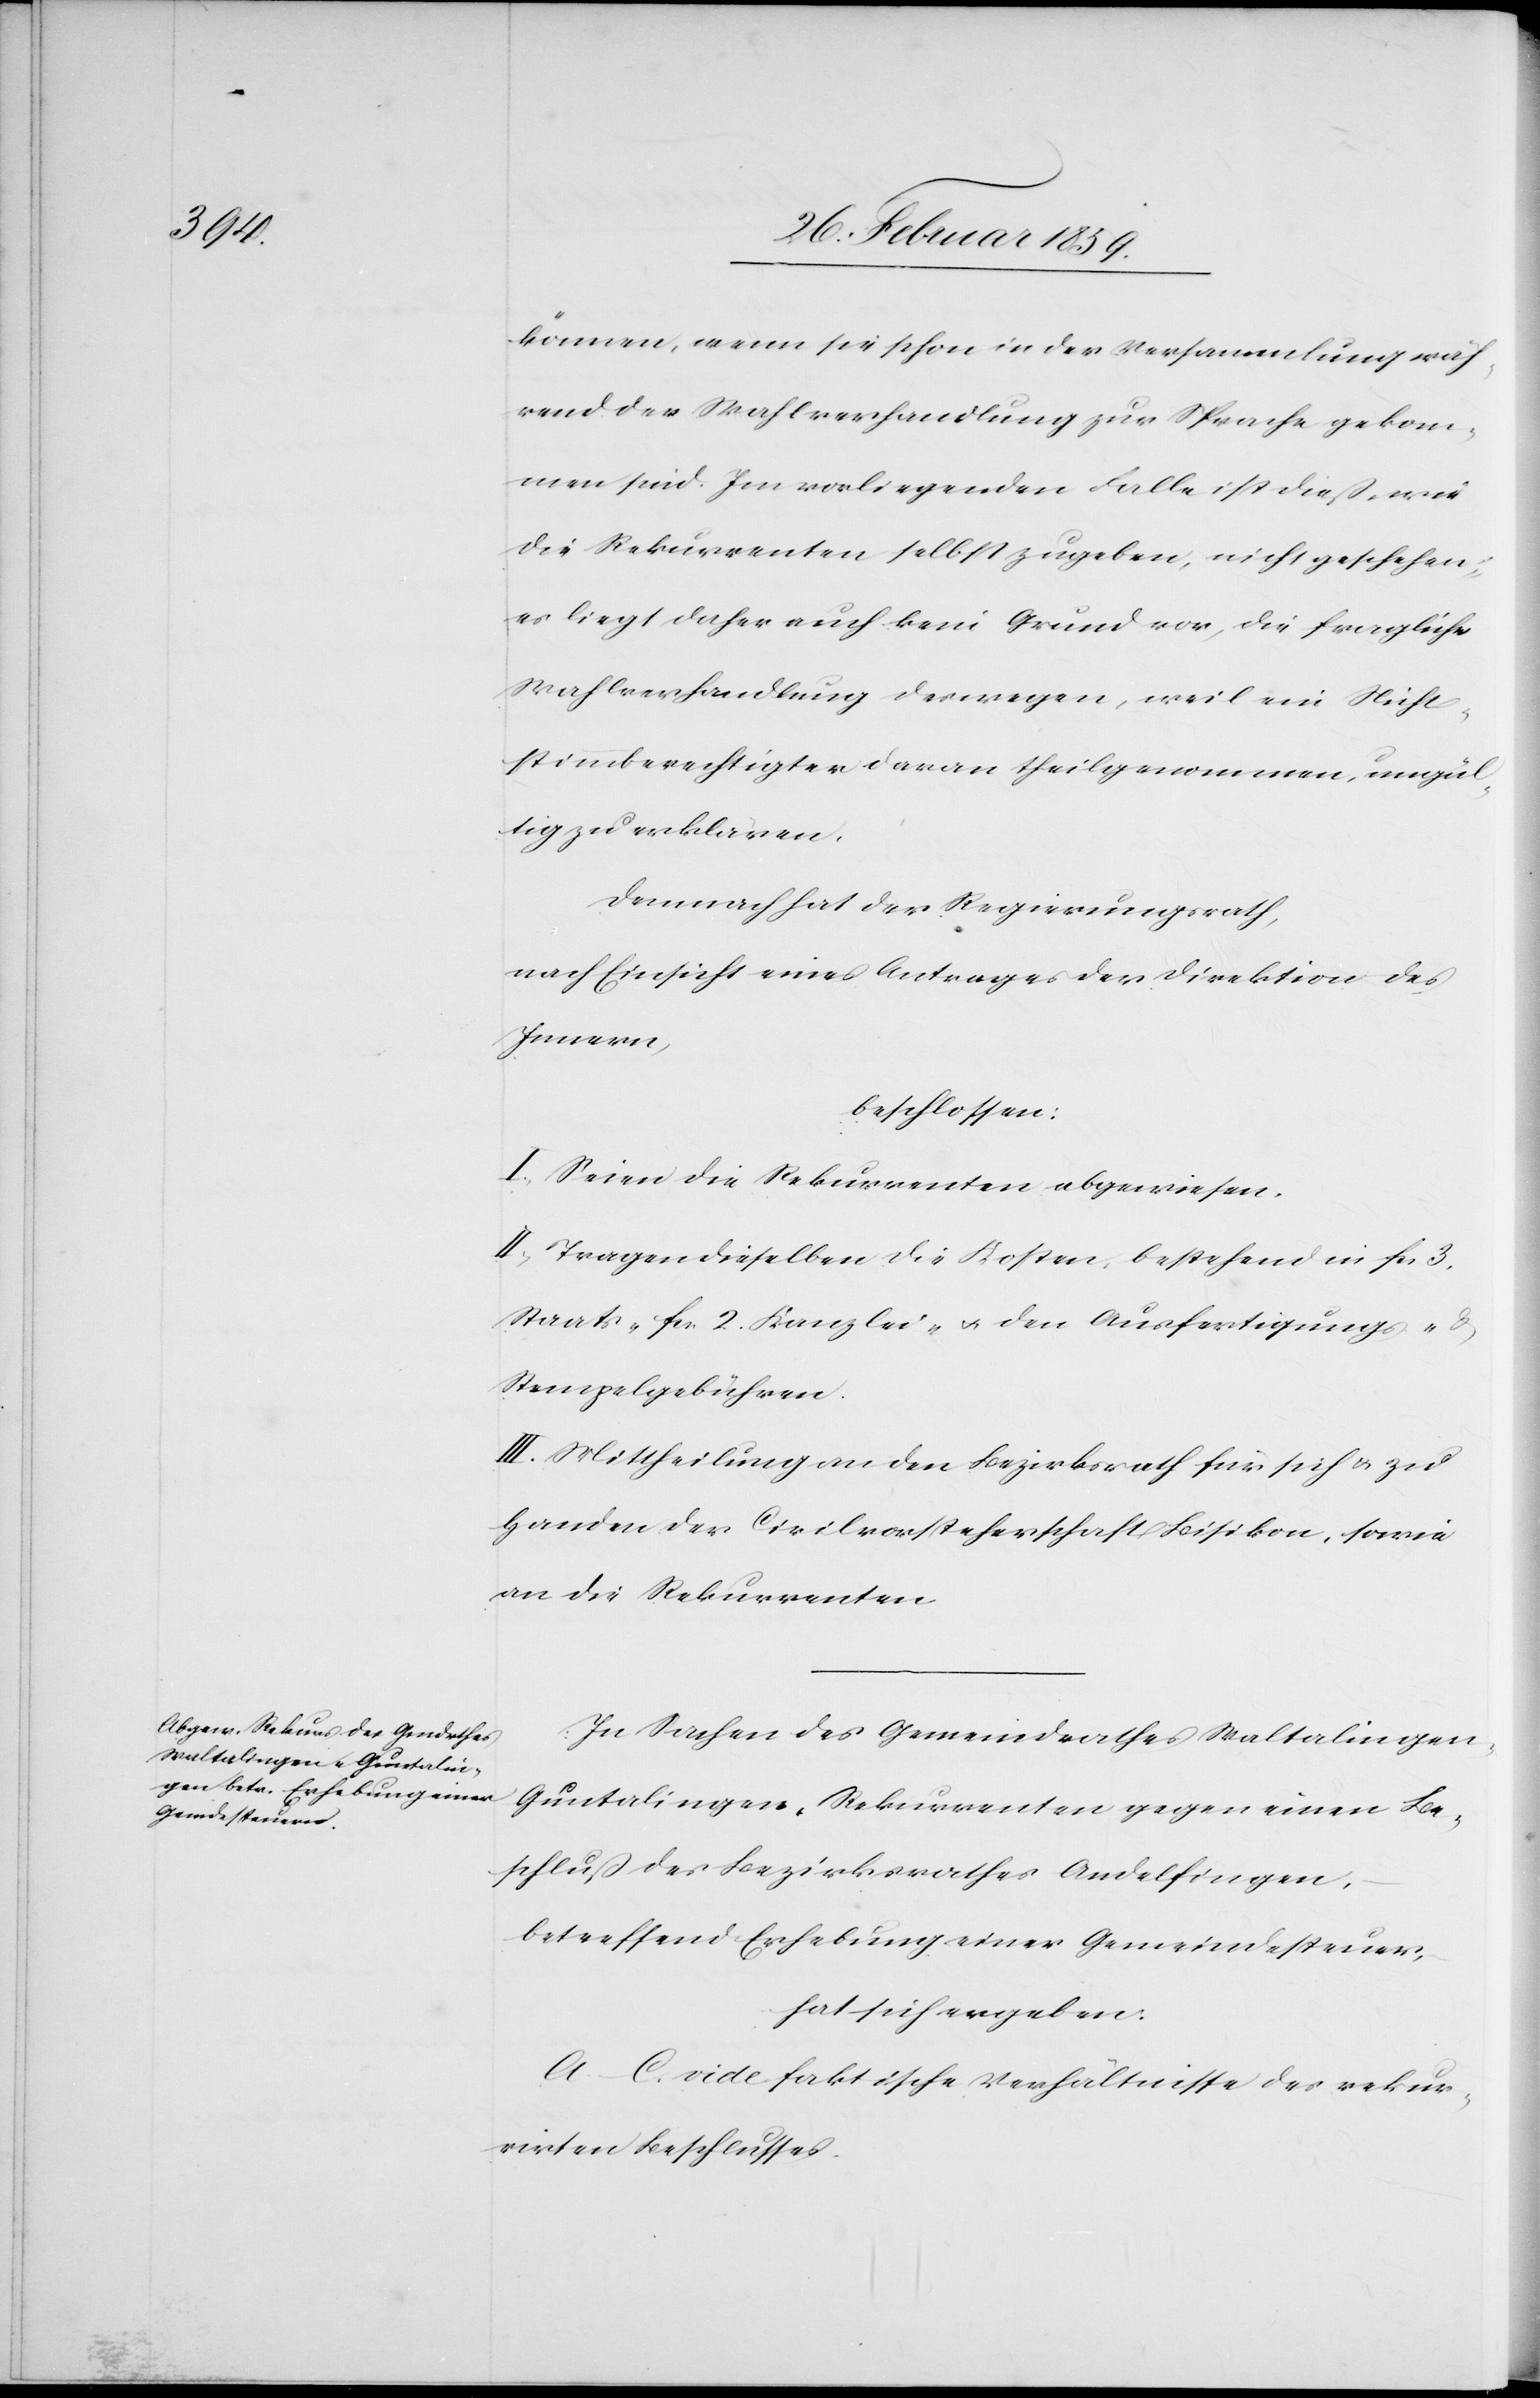
können, wenn sie schon in der Versammlung wäh¬
rend der Wahlverhandlung zur Sprache gekom¬
men sind. Im vorliegenden Falle ist dieß, wie
die Rekurrenten selbst zugeben, nicht geschehen;
es liegt daher auch kein Grund vor, die fragliche
Wahlverhandlung deswegen, weil ein Nicht¬
stimmberechtigter daran theilgenommen, ungül¬
tig zu erklären.
Demnach hat der Regierungsrath,
nach Einsicht eines Antrages der Direktion des
Innern,
beschlossen:
I. Seien die Rekurrenten abgewiesen.
II. Tragen dieselben die Kosten, bestehend in fcs 3.
Staats-[,] fcs. 2. Kanzlei- u. den Ausfertigungs- &
Stempelgebühren.
III. Mittheilung an den Bezirksrath für sich u. zu
Handen der Civilvorsteherschaft Bisikon, sowie
an die Rekurrenten.
In Sachen des Gemeindrathes Waltalinge¬
n-Guntalingen, Rekurrenten gegen einen Be¬
schluß des Bezirksrathes Andelfingen,
betreffend Erhebung einer Gemeindesteuer,
hat sich ergeben:
A.–C. vide faktische Verhältnisse des rekur¬
rirten Beschlusses.